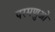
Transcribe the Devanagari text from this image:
परमणुओ